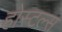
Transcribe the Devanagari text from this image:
होस्टल्स